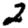
Digit: 2